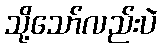
သို့သော်လည်းပဲ